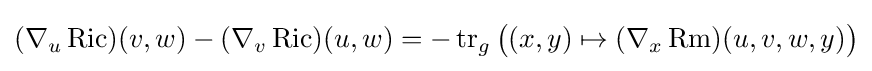
(\nabla _{u}\operatorname {Ric} )(v,w)-(\nabla _{v}\operatorname {Ric} )(u,w)=-\operatorname {tr} _{g}{\big (}(x,y)\mapsto (\nabla _{x}\operatorname {Rm} )(u,v,w,y){\big )}